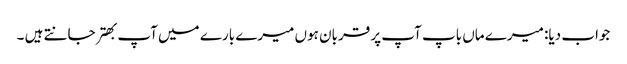
جواب دیا: میرے ماں باپ آپ پر قربان ہوں میرے بارے میں آپ بهتر جانتے ہیں ۔